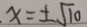
x = \pm \sqrt { 1 0 }